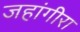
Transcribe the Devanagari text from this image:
जहांगीरा